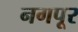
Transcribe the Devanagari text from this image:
नगपूर